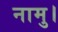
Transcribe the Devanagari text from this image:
नामु।